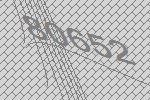
80652